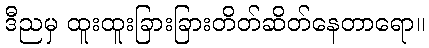
ဒီညမှ ထူးထူးခြားခြားတိတ်ဆိတ်နေတာရော။